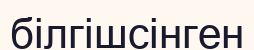
білгішсінген